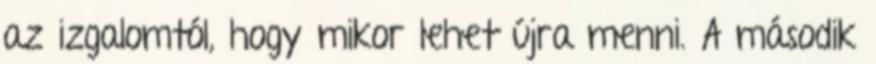
az izgalomtól, hogy mikor lehet újra menni. A második